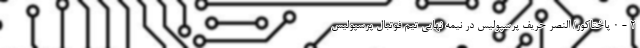
2 - 0 پاختاکور/ النصر حریف پرسپولیس در نیمه نهایی تیم فوتبال پرسپولیس